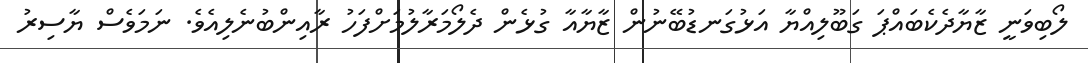
ލޯބިވަނީ ޒާޔާދެކެބައްޕަ ގަބޫލިއްޔާ އަޅުގަނޑުބޭނުން ޒާޔާއާ ގުޅެން ދެލޯމަރާލުމަށްފަހު ރާއިންބުނެލިއެވެ. ނަމަވެސް ޔާސިރު